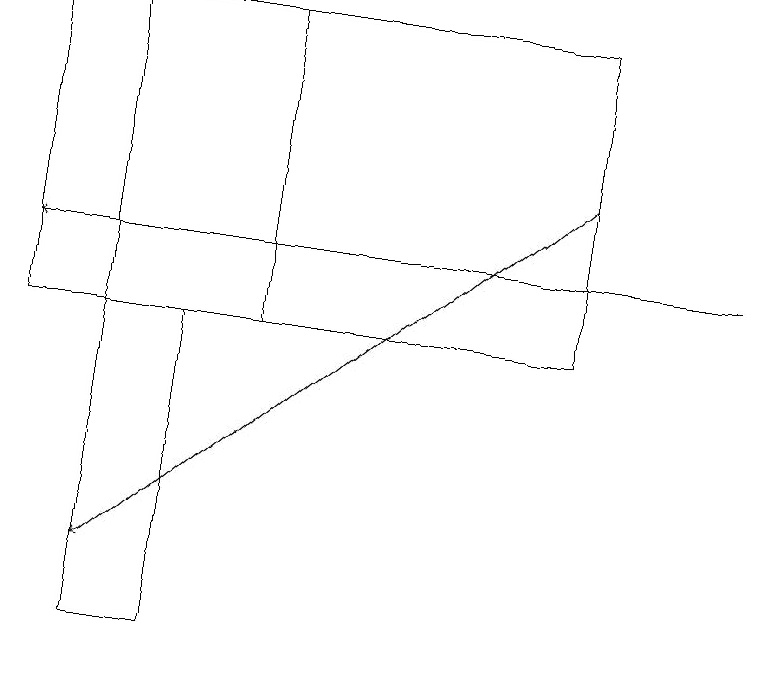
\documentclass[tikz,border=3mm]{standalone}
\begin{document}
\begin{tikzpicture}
\draw (2,14) rectangle (1,10);
\draw (1,14) rectangle (3,18);
\draw[->] (7,16) -- (1,11);
\draw (0,18) rectangle (7,14);
\draw[->] (9,15) -- (0,15);
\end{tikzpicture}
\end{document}